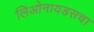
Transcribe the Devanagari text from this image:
लिओनायडसचा